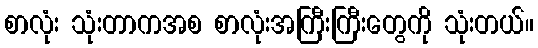
စာလုံး သုံးတာကအစ စာလုံးအကြီးကြီးတွေကို သုံးတယ်။